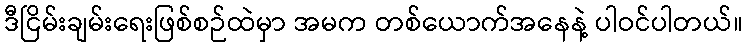
ဒီငြိမ်းချမ်းရေးဖြစ်စဉ်ထဲမှာ အမက တစ်ယောက်အနေနဲ့ ပါဝင်ပါတယ်။